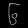
Digit: ၆